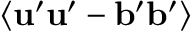
\langle { { \bf { u } } ^ { \prime } { \bf { u } } ^ { \prime } - { \bf { b } } ^ { \prime } { \bf { b } } ^ { \prime } } \rangle